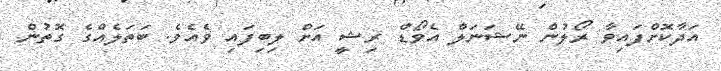
އަދާކޮށްފައިވާ ރޯލުން ނޭޝަނަލް އެވޯޑް ރިޝީ އަށް ލިބިފައި ވެއެވެ. ބަތަލެއްގެ ގޮތުން